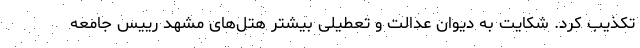
تکذیب کرد. شکایت به دیوان عدالت و تعطیلی بیشتر هتل‌های مشهد رییس جامعه